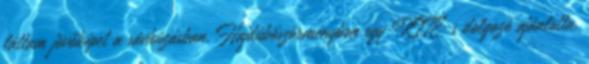
láttam jövőképet a sávhúzásban. Hajdúböszörményben egy KITE-s dolgozó ajánlotta.